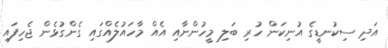
އަދި ސިކުނޑީގެ އުނިކަން ހުރި ބަލި މީހުންނާއި އެއް މާހައުލެއްގައި ގެންގުޅެން ޖެހިފައި